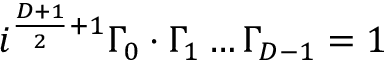
i ^ { \frac { D + 1 } { 2 } + 1 } \Gamma _ { 0 } \cdot \Gamma _ { 1 } \ldots \Gamma _ { D - 1 } = 1